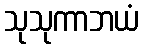
သုသုကာဘယံ